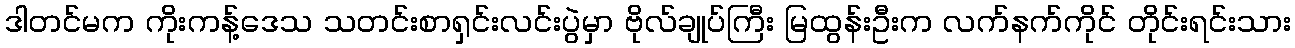
ဒါတင်မက ကိုးကန့်ဒေသ သတင်းစာရှင်းလင်းပွဲမှာ ဗိုလ်ချုပ်ကြီး မြထွန်းဦးက လက်နက်ကိုင် တိုင်းရင်းသား